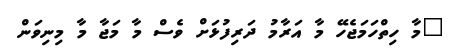
"މާ ހިތްހަމަޖެހޭ މާ އަރާމު ދަރިފުޅަށް ވެސް މާ މަޖާ މާ މިނިވަން